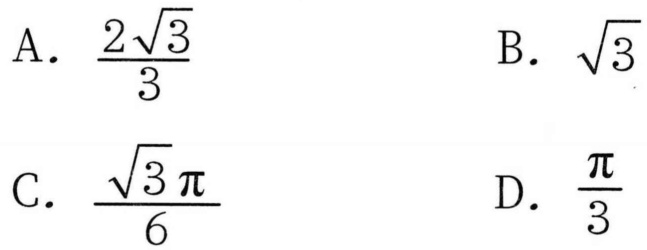
A. \(\frac{2\sqrt{3}}{3}\)  B. \(\sqrt{3}\)
C. \(\frac{\sqrt{3}\pi}{6}\)  D. \(\frac{\pi}{3}\)